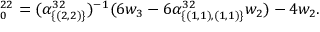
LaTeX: \O _ { 0 } ^ { 2 2 } = ( \alpha _ { \{ ( 2 , 2 ) \} } ^ { 3 2 } ) ^ { - 1 } ( 6 w _ { 3 } - 6 \alpha _ { \{ ( 1 , 1 ) , ( 1 , 1 ) \} } ^ { 3 2 } w _ { 2 } ) - 4 w _ { 2 } .